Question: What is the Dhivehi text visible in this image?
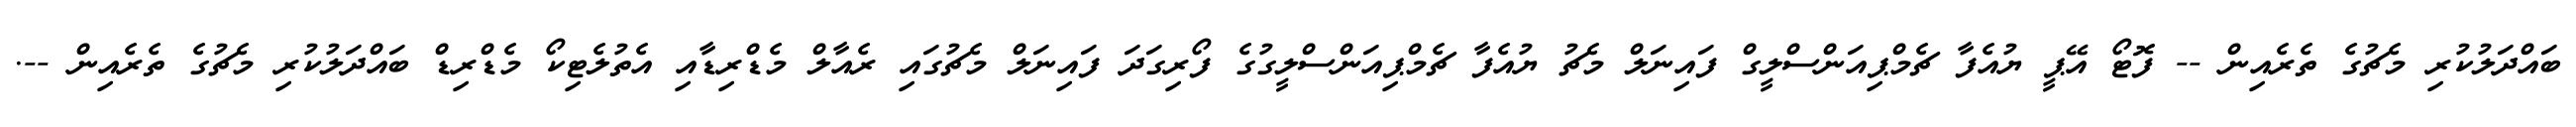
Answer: ބައްދަލުކުރި މެޗުގެ ތެރެއިން -- ފޮޓޯ އޭޕީ ޔުއެފާ ޗެމްޕިއަންސްލީގް ފައިނަލް މެޗު ޔުއެފާ ޗެމްޕިއަންސްލީގުގެ ފޯރިގަދަ ފައިނަލް މެޗުގައި ރެއާލް މެޑްރިޑާއި އެތުލެޓިކޯ މެޑްރިޑް ބައްދަލުކުރި މެޗުގެ ތެރެއިން --.